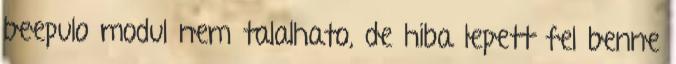
beepulo modul nem talalhato, de hiba lepett fel benne